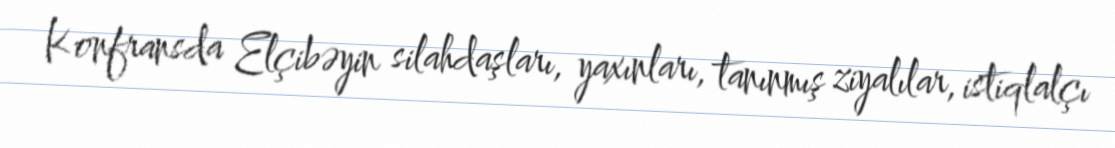
Konfransda Elçibəyin silahdaşları, yaxınları, tanınmış ziyalılar, istiqlalçı